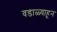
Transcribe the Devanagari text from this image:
वडाळ्याहून